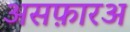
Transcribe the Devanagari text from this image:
असफ़ारअ